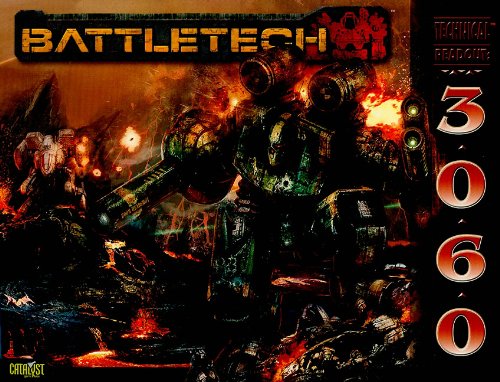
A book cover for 3060 (Battletech Technical Readout); Herbert Beas; Science Fiction & Fantasy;